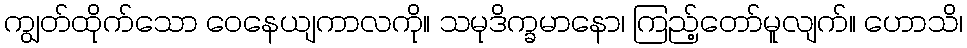
ကျွတ်ထိုက်သော ဝေနေယျကာလကို။ သမုဒိက္ခမာနော၊ ကြည့်တော်မူလျက်။ ဟောသိ၊